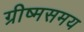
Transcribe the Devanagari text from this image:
ग्रीष्मसमय